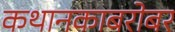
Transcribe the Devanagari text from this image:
कथानकाबरोबर